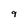
Character: 9